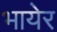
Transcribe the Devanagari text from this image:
भायेर